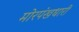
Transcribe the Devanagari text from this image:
मोरपंखधारी